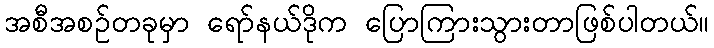
အစီအစဉ်တခုမှာ ရော်နယ်ဒိုက ပြောကြားသွားတာဖြစ်ပါတယ်။